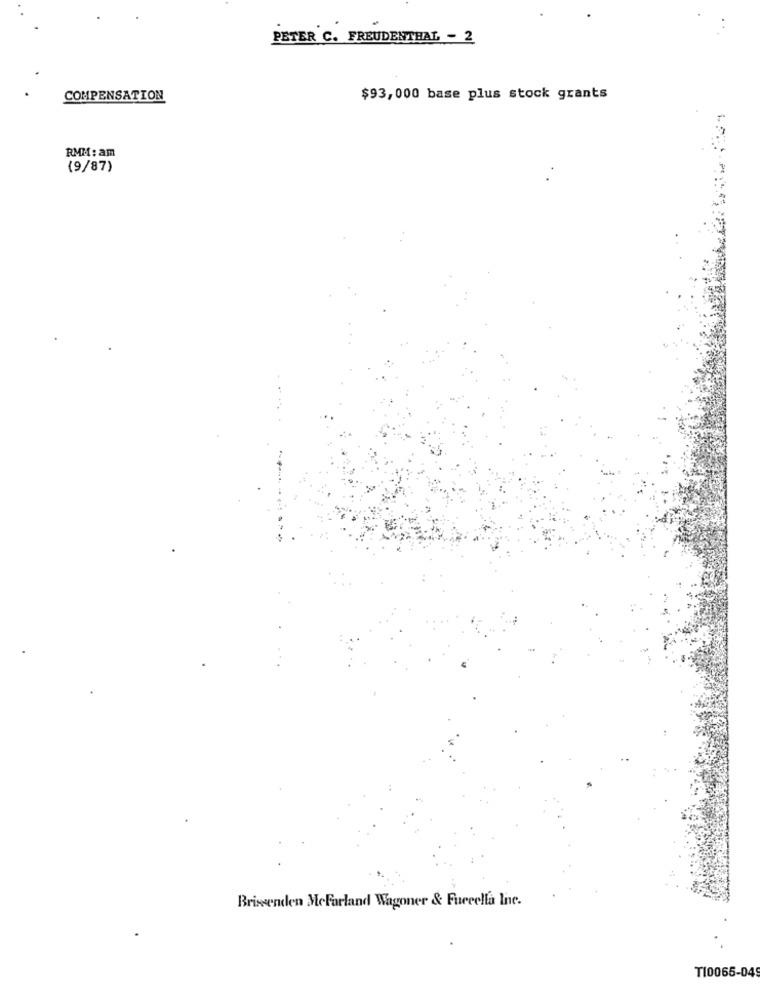
.
PETER C. FREUDENTHAL - 2
COMPENSATION
$93,000 base plus stock grants
RMM: am
(9/87)
Brisenden MeFarland Wagoner & Fureella Inc.
T10065-049